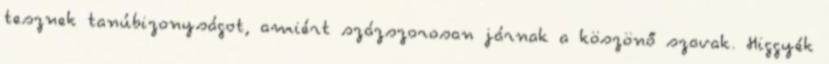
tesznek tanúbizonyságot, amiért százszorosan járnak a köszönő szavak. Higgyék